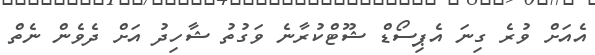
އެއަށް ވުރެ ގިނަ އެޕިސޯޑް ޝޫޓްކުރާނެ ވަގުތު ޝާހިދު އަށް ދެވެން ނެތް